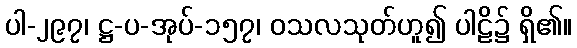
ပါ-၂၉၇၊ ဋ္ဌ-ပ-အုပ်-၁၅၇၊ ဝသလသုတ်ဟူ၍ ပါဠိ၌ ရှိ၏။